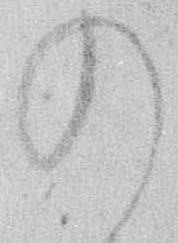
の